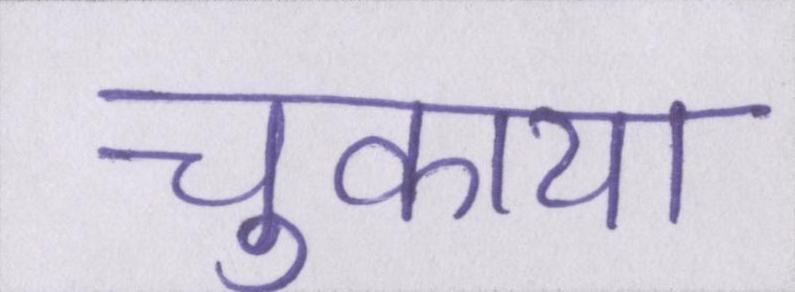
चुकाया